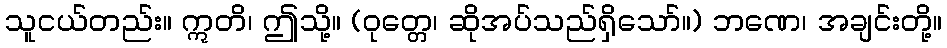
သူငယ်တည်း။ ဣတိ၊ ဤသို့။ (ဝုတ္တေ၊ ဆိုအပ်သည်ရှိသော်။) ဘဏေ၊ အချင်းတို့။